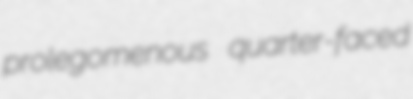
prolegomenous quarter-faced